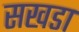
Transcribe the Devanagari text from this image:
सखडा